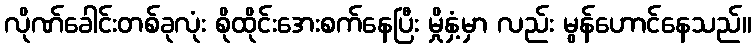
လိုဏ်ခေါင်းတစ်ခုလုံး စိုထိုင်းအေးစက်နေပြီး မှိုနှံ့မှာ လည်း မွန်ဟောင်နေသည်။